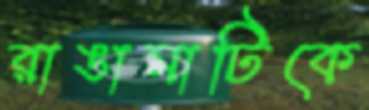
রাঙামাটিকে